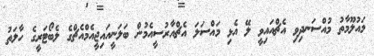
މައުލޫމާތު މުއްސަނދިވި އެޗްއައިވީ ލޭ އެޅި މައްސަލަ އެޗްއާރުސީއެމުން ބަލަނީއައިޖީއެމްއެޗްގެ ލެބޯޓަރީގެ ހާލަތު